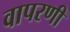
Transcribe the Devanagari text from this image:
वापरणी